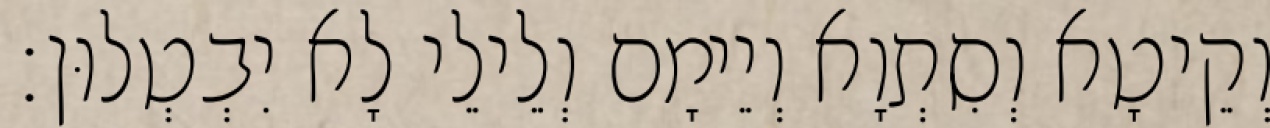
וְקֵיטָא וְסִתְוָא וְיֵימָם וְלֵילֵי לָא יִבְטְלוּן׃